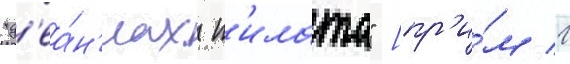
"д'еа́н'иах п'илата" [пр'и́м 1